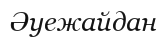
Әуежайдан